Senior Leaving Certificate Examination (including Day School Certificate (Higher) General paper), 1949
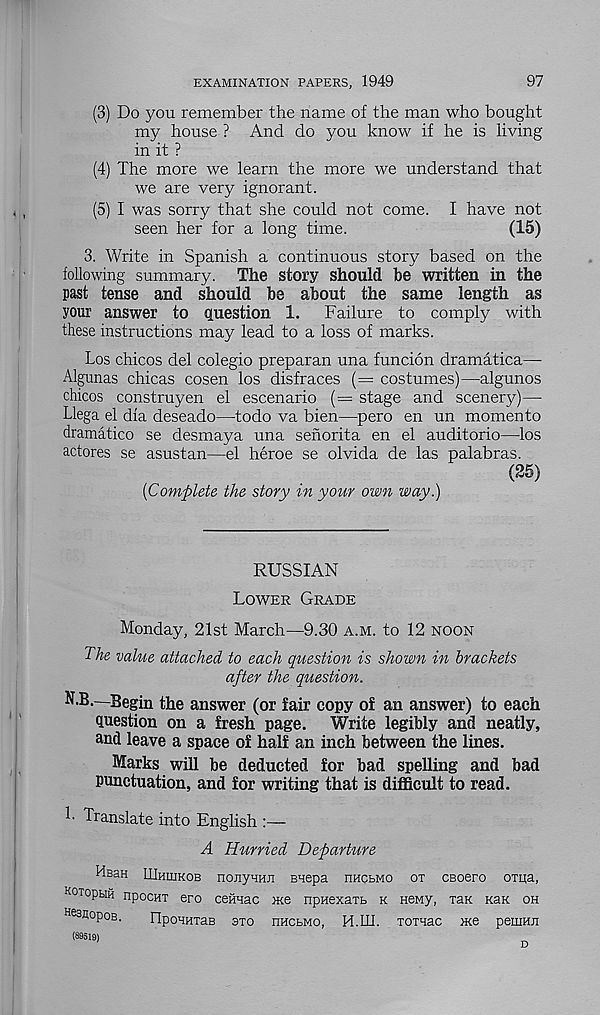
EXAMINATION PAPERS, 1949
97
(3) Do you remember the name of the man who bought
my house ? And do you know if he is living
in it ?
(4) The more we learn the more we understand that
we are very ignorant.
(5) I was sorry that she could not come. I have not
seen her for a long time.
(15)
3. Write in Spanish a continuous story based on the
following summary. The story should be written in the
past tense and should be about the same length as
your answer to question 1.
Failure to comply with
these instructions may lead to a loss of marks.
Los chicos del colegio preparan una funcion dramatica—
Algunas chicas cosen los disfraces (= costumes)—algunos
chicos construyen el escenario (= stage and scenery)—
Llega el dia deseado—todo va bien—pero en un momento
dramatico se desmaya una sehorita en el auditorio—los
actores se asustan—el heroe se olvida de las palabras.
(25)
{Complete the story in your own way.)
RUSSIAN
Lower Grade
Monday, 21st March—9.30 a.m. to 12 noon
The value attached to each question is shown in brackets
after the question.
N.B.—Begin the answer (or fair copy of an answer) to each
question on a fresh page.
Write legibly and neatly,
and leave a space of half an inch between the lines.
Marks will be deducted for bad spelling and bad
punctuation, and for writing that is difficult to read.
L Translate into English :—
A Hurried Departure
Hb3h .UIhiukob nojiyvHJi Biepa nncbMO ot csoero oma,
ko tophh npocuT ero ceiraac me npHexart k neMy, xaK ksk oh
He3 AopoB.
FlpoHHxaB sxo hhcbmo, H.III. xoxHac me peiiiHn